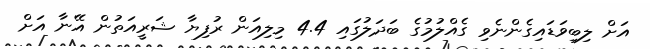
އަށް ލިބިވަޑައިގެންނެވި ގެއްލުމުގެ ބަދަލުގައި 4.4 މިލިއަން ރުފިޔާ ޝަރީއަތުން އޭނާ އަށް